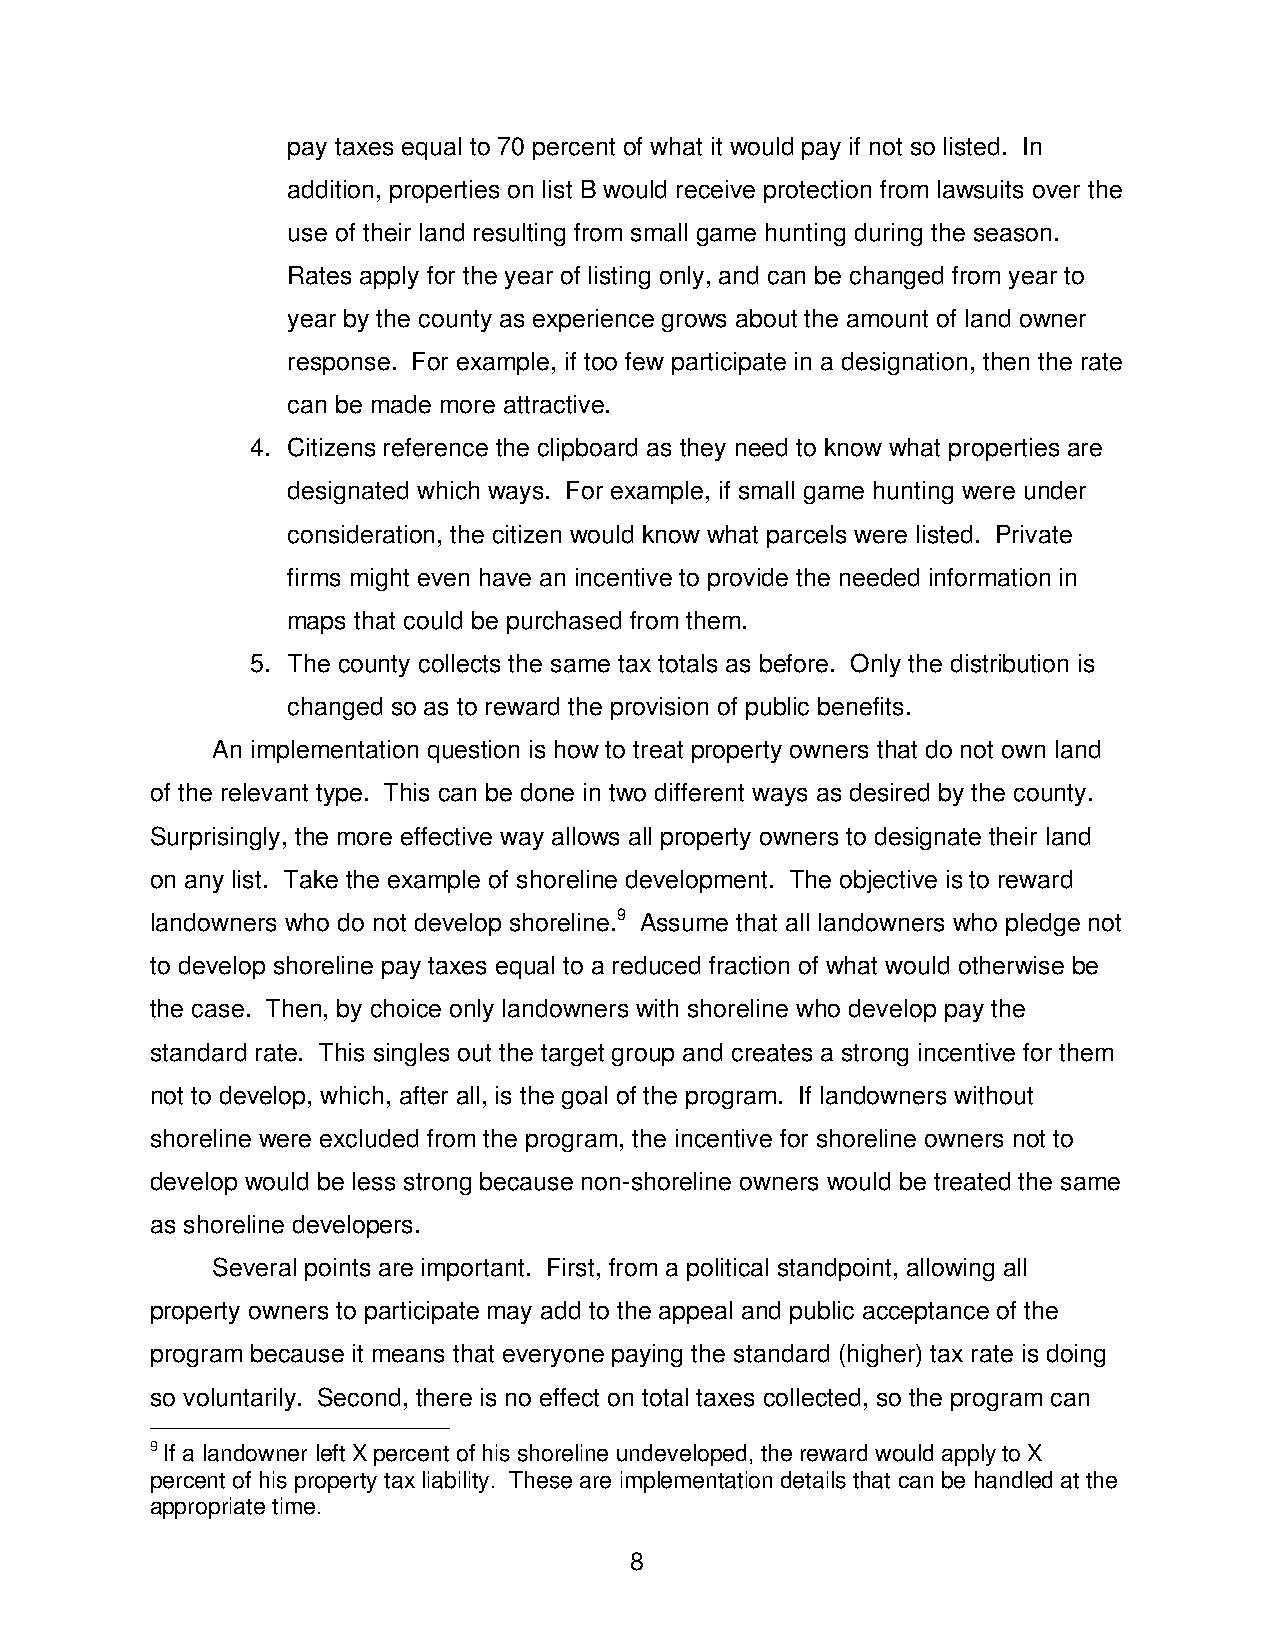
pay taxes equal to 70 percent of what it would pay if not so listed. In
 addition, properties on list B would receive protection from lawsuits over the
 use of their land resulting from small game hunting during the season.
 Rates apply for the year of listing only, and can be changed from year to
 year by the county as experience grows about the amount of land owner
 response. For example, if too few participate in a designation, then the rate
 can be made more attractive.
 4. Citizens reference the clipboard as they need to know what properties are
 designated which ways. For example, if small game hunting were under
 consideration, the citizen would know what parcels were listed. Private
 firms might even have an incentive to provide the needed information in
 maps that could be purchased from them.
 5. The county collects the same tax totals as before. Only the distribution is
 changed so as to reward the provision of public benefits.
 An implementation question is how to treat property owners that do not own land
 of the relevant type. This can be done in two different ways as desired by the county.
 Surprisingly, the more effective way allows all property owners to designate their land
 on any list. Take the example of shoreline development. The objective is to reward
 landowners who do not develop shoreline.9 Assume that all landowners who pledge not
 to develop shoreline pay taxes equal to a reduced fraction of what would otherwise be
 the case. Then, by choice only landowners with shoreline who develop pay the
 standard rate. This singles out the target group and creates a strong incentive for them
 not to develop, which, after all, is the goal of the program. If landowners without
 shoreline were excluded from the program, the incentive for shoreline owners not to
 develop would be less strong because non-shoreline owners would be treated the same
 as shoreline developers.
 Several points are important. First, from a political standpoint, allowing all
 property owners to participate may add to the appeal and public acceptance of the
 program because it means that everyone paying the standard (higher) tax rate is doing
 so voluntarily. Second, there is no effect on total taxes collected, so the program can
 9 If a landowner left X percent of his shoreline undeveloped, the reward would apply to X
 percent of his property tax liability. These are implementation details that can be handled at the
 appropriate time.
 8